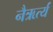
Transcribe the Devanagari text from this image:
नैऋर्त्य